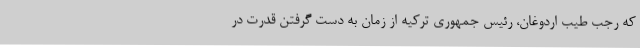
که رجب طیب اردوغان، رئیس جمهوری ترکیه از زمان به دست گرفتن قدرت در